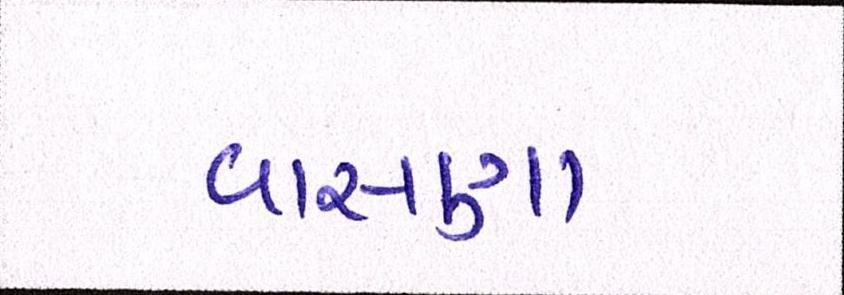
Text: વાસણા